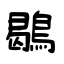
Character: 鶡